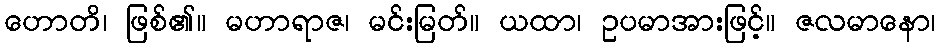
ဟောတိ၊ ဖြစ်၏။ မဟာရာဇ၊ မင်းမြတ်။ ယထာ၊ ဥပမာအားဖြင့်။ ဇလမာနော၊